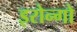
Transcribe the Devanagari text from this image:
इरोन्गो